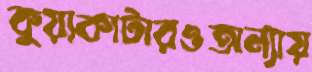
কুয়াকাটারওঅন্যায়